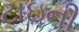
ટાઇની